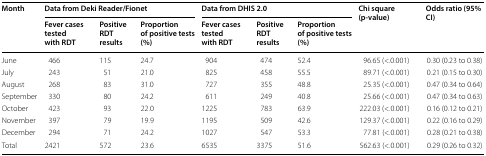
| <ROWSPAN=2> Month | <COLSPAN=3> Data from Deki Reader/Fionet | <COLSPAN=3> Data from DHIS 2.0 | <ROWSPAN=2> Chi square (p-value) | <ROWSPAN=2> Odds ratio (95% CI) |
 | Fever cases tested with RDT | Positive RDT results | Proportion of positive tests (%) | Fever cases tested with RDT | Positive RDT results | Proportion of positive tests (%) |
 | --- | --- | --- | --- | --- | --- | --- | --- | --- |
 | June | 466 | 115 | 24.7 | 904 | 474 | 52.4 | 96.65 (<.0.001) | 0.30 (0.23 to 0.38) |
 | July | 243 | 51 | 21.0 | 825 | 458 | 55.5 | 89.71 (<.0.001) | 0.21 (0.15 to 0.30) |
 | August | 268 | 83 | 31.0 | 727 | 355 | 48.8 | 25.35 (<.0.001) | 0.47 (0.34 to 0.64) |
 | September | 330 | 80 | 24.2 | 611 | 249 | 40.8 | 25.66 (<.0.001) | 0.47 (0.34 to 0.63) |
 | October | 423 | 93 | 22.0 | 1225 | 783 | 63.9 | 222.03 (<.0.001) | 0.16 (0.12 to 0.21) |
 | November | 397 | 79 | 19.9 | 1195 | 509 | 42.6 | 129.37 (<.0.001) | 0.22 (0.16 to 0.29) |
 | December | 294 | 71 | 24.2 | 1027 | 547 | 53.3 | 77.81 (<.0.001) | 0.28 (0.21 to 0.38) |
 | Total | 2421 | 572 | 23.6 | 6535 | 3375 | 51.6 | 562.63 (<.0.001) | 0.29 (0.26 to 0.32) |